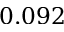
0 . 0 9 2